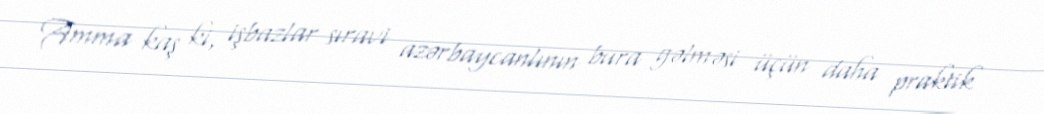
Amma kaş ki, işbazlar sıravi azərbaycanlının bura gəlməsi üçün daha praktik